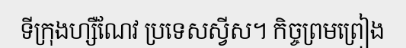
ទីក្រុងហ្សឺណែវ ប្រទេសស្វីស។ កិច្ចព្រមព្រៀង